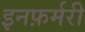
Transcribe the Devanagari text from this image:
इनफ़र्मरी